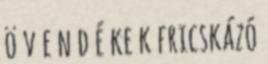
ö v e n d é ke k fricskázó